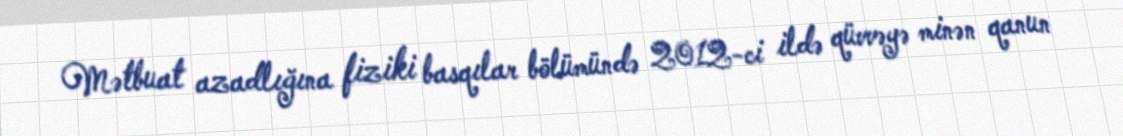
Mətbuat azadlığına fiziki basqılar bölümündə 2012-ci ildə qüvvəyə minən qanun